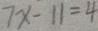
7 x - 1 1 = 4